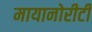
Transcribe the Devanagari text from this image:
मायानोरीटी